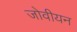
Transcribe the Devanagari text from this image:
जोवीयन